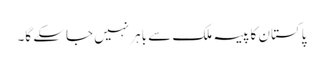
پاکستان کا پیسہ ملک سے باہر نہیں جاسکے گا۔